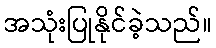
အသုံးပြုနိုင်ခဲ့သည်။